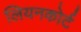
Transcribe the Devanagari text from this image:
लियनकोर्ट